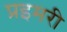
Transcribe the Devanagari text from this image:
प्रइमरी